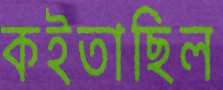
কইতাছিল